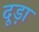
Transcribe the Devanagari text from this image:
दूड़ा